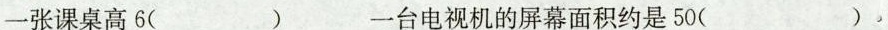
一张课桌高6( ) 一台电视机的屏幕面积约是50( )。